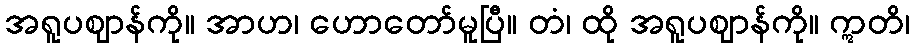
အရူပဈာန်ကို။ အာဟ၊ ဟောတော်မူပြီ။ တံ၊ ထို အရူပဈာန်ကို။ ဣတိ၊